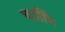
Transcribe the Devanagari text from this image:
चार्द्राभि